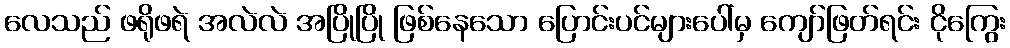
လေသည် ဖရိုဖရဲ အလဲလဲ အပြိုပြို ဖြစ်နေသော ပြောင်းပင်များပေါ်မှ ကျော်ဖြတ်ရင်း ငိုကြွေး